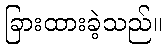
ခြားထားခဲ့သည်။